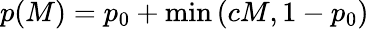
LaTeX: p(M)=p_{0}+\textrm{min}\left(cM,1-p_{0}\right)